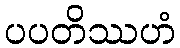
ပပတိဿဟံ